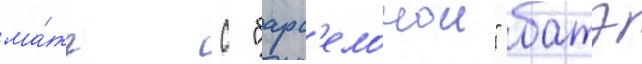
ма́тч с "барс'елонои" батэ